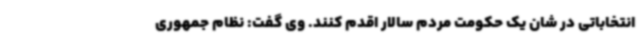
انتخاباتی در شان یک حکومت مردم سالار اقدم کنند. وی گفت: نظام جمهوری